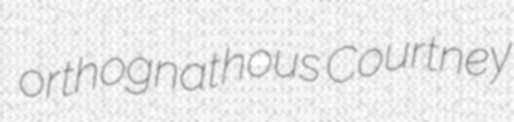
orthognathous Courtney